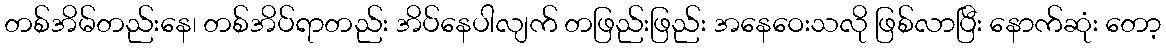
တစ်အိမ်တည်းနေ၊ တစ်အိပ်ရာတည်း အိပ်နေပါလျက် တဖြည်းဖြည်း အနေဝေးသလို ဖြစ်လာပြီး နောက်ဆုံး တော့